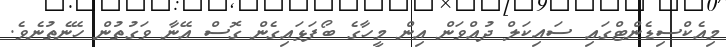
މިއެކްސިޑެންޓްގައި ސައިކަލް ދުއްވަން އިން މީހާގެ ބޯފަޅައިގެން ގޮސް އޭނާ ވަގުތުން ހޭނެތުނެވެ.